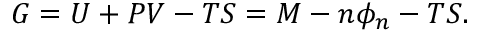
G = U + P V - T S = M - n \phi _ { n } - T S .